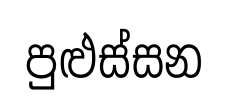
පුළුස්සන